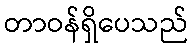
တာဝန်ရှိပေသည်